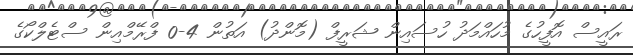
ރައީސް އޮފީހުގެ މުހައްމަދު ހުސައިން ޝަރީފް (މޮންދު) އަތުން 4-0 ފްރޭމްއިން ސްޓެލްކޯގެ